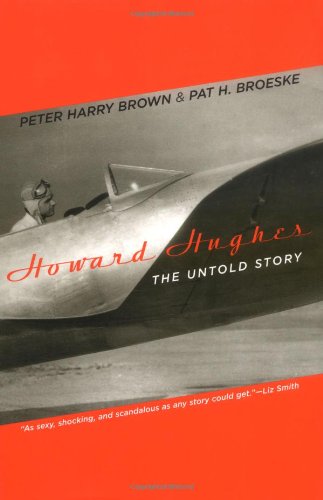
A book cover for Howard Hughes: The Untold Story; Peter Harry Brown; Business & Money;